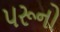
પરૂનો